Philaematomyia insignis, Austen - Number 54
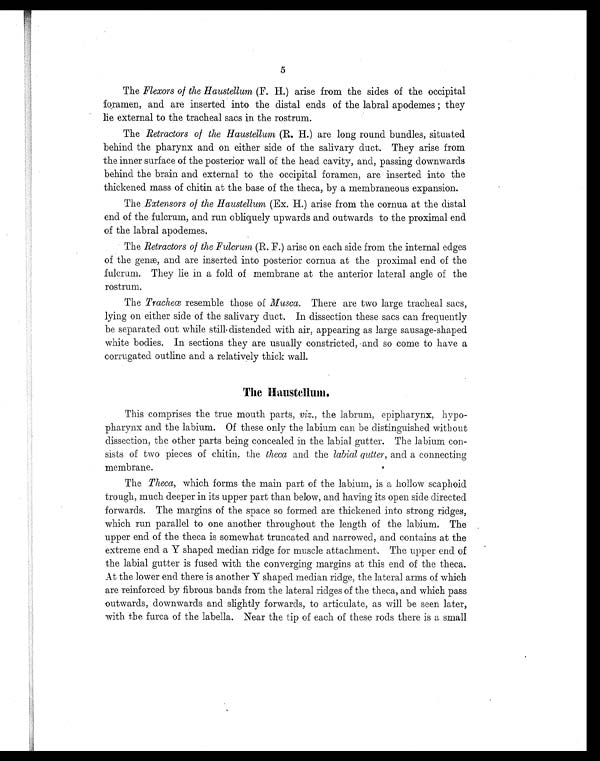
5
The Flexors of the Haustellum (F. H.) arise from the sides of the occipital
foramen, and are inserted into the distal ends of the labral apodemes; they
lie external to the tracheal sacs in the rostrum.
The Retractors of the Haustellum (R. H) are long round bundles, situated
behind the pharynx and on either side of the salivary duct. They arise from
the inner surface of the posterior wall of the head cavity, and, passing downwards
behind the brain and external to the occipital foramen, are inserted into the
thickened mass of chitin at the base of the theca, by a membraneous expansion.
The Extensors of the Haustellum (Ex. H.) arise from the cornua at the distal
end of the fulcrum, and run obliquely upwards and outwards to the proximal end
of the labral apodemes.
The Retractors of the Fulcrum (R. F.) arise on each side from the internal edges
of the genæ, and are inserted into posterior cornua at the proximal end of the
fulcrum. They lie in a fold of membrane at the anterior lateral angle of the
rostrum.
The Tracheæ resemble those of Musca. There are two large tracheal sacs,
lying on either side of the salivary duct. In dissection these sacs can frequently
be separated out while still distended with air, appearing as large sausage-shaped
white bodies. In sections they are usually constricted, and so come to have a
corrugated outline and a relatively thick wall.
The Haustellum.
This comprises the true mouth parts, viz. , the labium, epipharynx, hypo-
pharynx and the labium. Of these only the labium can be distinguished without
dissection, the other parts being concealed in the labial gutter. The labium con
-sists of two pieces of chitin, the theca and the labial gutter, and a connecting
membrane.
The Theca, which forms the main part of the labium, is a hollow scaphoid
trough, much deeper in its upper part than below, and having its open side directed
forwards. The margins of the space so formed are thickened into strong ridges,
which run parallel to one another throughout the length of the labium. The
upper end of the theca is somewhat truncated and narrowed, and contains at the
extreme end a Y shaped median ridge for muscle attachment. The upper end of
the labial gutter is fused with the converging margins at this end of the theca.
At the lower end there is another Y shaped median ridge, the lateral arms of which
are reinforced by fibrous bands from the lateral ridges of the theca, and which pass
outwards, downwards and slightly forwards, to articulate, as will be seen later,
with the furca of the labella. Near the tip of each of these rods there is a small